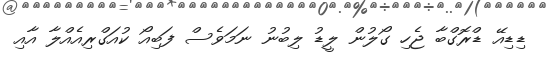
ޑިޑިއޭ ޑްރޮގްބާ ޖެހި ގޯލުން ލީޑު ލިބުނު ނަމަވެސް ފަބިއޯ ކުއަގްރިއެއްލާ އާއި